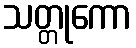
သတ္တုကော